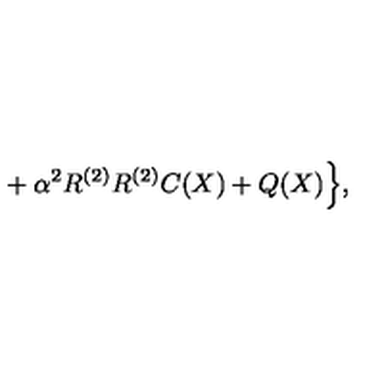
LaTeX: { } + \alpha ^ { 2 } R ^ { ( 2 ) } R ^ { ( 2 ) } C ( X ) + Q ( X ) \Bigr \} ,